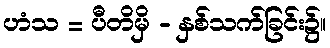
ဟံသ = ပီတိမှိ - နှစ်သက်ခြင်း၌။